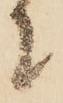
に